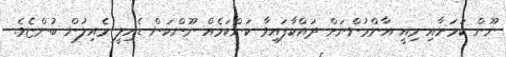
ނޫން ކަމަށާއި މިއީ އާންމުންނަށް ދައްކާފައިވާ ކަންކަމެއް ނޫންކަން ޑެއިލީ މެއިލުން ބުންޏެވެ.